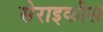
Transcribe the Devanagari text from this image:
सेराइकीस